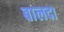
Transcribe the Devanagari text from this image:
बालदा